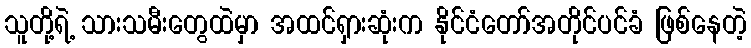
သူတို့ရဲ့ သားသမီးတွေထဲမှာ အထင်ရှားဆုံးက နိုင်ငံတော်အတိုင်ပင်ခံ ဖြစ်နေတဲ့